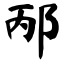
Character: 邴